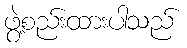
ဖွဲ့စည်းထားပါသည်